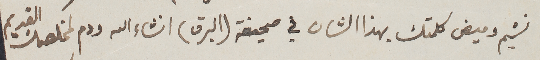
نسّيم وميض كلمتك بهذا الشان في صحيفة (البرق) انشاء الله ودم لمخلصك القديم